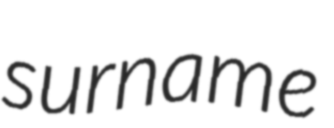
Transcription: surname